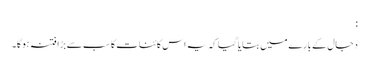
:
دجال کے بارے میں بتایا گیا کہ یہ اس کائنات کا سب سے بڑا فتنہ ہوگا۔